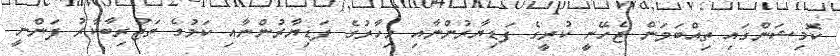
ކޮމިޝަންގައި ތިއްބަވަން ޖެހޭނީ ކުރީގެ ފަޑިޔާރުންނާއި މިހާރުގެ ފަޑިޔާރުންނާއި ކަމުގެ ތަޖުރިބާކާރު ފަންނީ